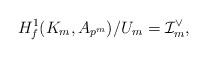
LaTeX: \begin{align*} H^1_f(K_m,A_{p^m})/U_m=\mathcal I_m^\vee,\end{align*}